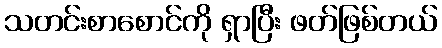
သတင်းစာစောင်ကို ရှာပြီး ဖတ်ဖြစ်တယ်